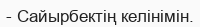
- Сайырбектің келінімін.